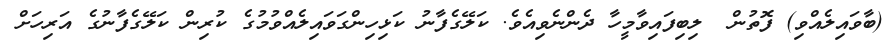
(ބާވައިލެއްވި) ފޮތުން  ލިބިފައިވާމީހާ ދެންނެވިއެވެ. ކަލޭގެފާނު ކަޅިހިންގަވައިލެއްވުމުގެ ކުރިން ކަލޭގެފާނުގެ އަރިހަށް